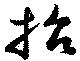
招